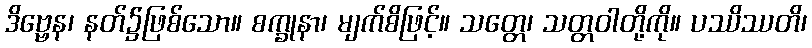
ဒိဗ္ဗေန၊ နတ်၌ဖြစ်သော။ စက္ခုနာ၊ မျက်စိဖြင့်။ သတ္တေ၊ သတ္တဝါတို့ကို။ ပဿိဿတိ၊